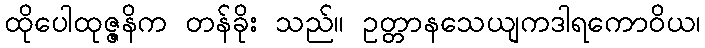
ထိုပေါထုဇ္ဇနိက တန်ခိုး သည်။ ဥတ္တာနသေယျကဒါရကောဝိယ၊